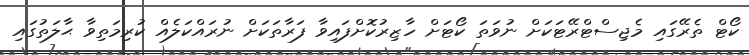
ކޯޓް ތެރޭގައި މެޖިސްޓްރޭޓަކަށް ނުވަތަ ކޯޓަށް ހާޒިރުކޮށްފައިވާ ފަރާތަކަށް ނުރައްކަލެއް ކުރިމަތިވާ ޙާލަތުގައި